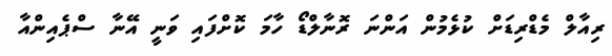
ރިއާލް މެޑްރިޑަށް ކުޅެމުން އަންނަ ރޮނާލްޑޯ ހާމަ ކޮށްފައި ވަނީ އޭނާ ސްޕެއިންއާ